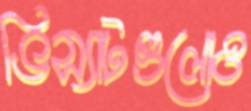
ভিস্যাটগুলোও